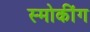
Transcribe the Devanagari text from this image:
स्मोकींग